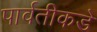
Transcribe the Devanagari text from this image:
पार्वतीकडे